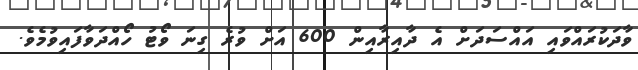
ވާދަކުރައްވައި އައްސަދަށް އެ ދާއިރާއިން 600 އަށް ވުރެ ގިނަ ވޯޓު ހޯއްދަވާފައިވުމެވެ.